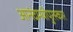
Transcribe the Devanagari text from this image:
आनंदमयीपुरस्कार